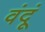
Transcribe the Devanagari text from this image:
वंदूं